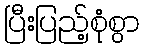
ပြီးပြည့်စုံစွာ